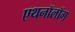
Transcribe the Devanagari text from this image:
एथनॉलॉग